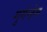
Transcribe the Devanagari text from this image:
गुगेन्हेम